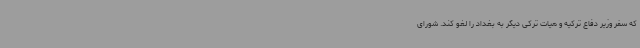
که سفر وزیر دفاع ترکیه و هیات ترکی دیگر به بغداد را لغو کند. شورای